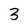
Character: 3